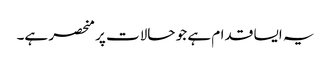
یہ ایسا قدام ہے جو حالات پر منحصر ہے۔